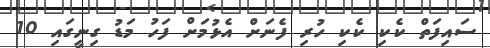
ސައިފަތް ކެކި ކެކި ހުރި ފެނަށް އެޅުމަށް ފަހު މަޑު ގިނީގައި 10